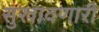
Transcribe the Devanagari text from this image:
सुखावणारी